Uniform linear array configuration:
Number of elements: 8
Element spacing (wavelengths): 0.25
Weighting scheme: hamming
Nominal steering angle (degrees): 30
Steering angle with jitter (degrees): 30.324
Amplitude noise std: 0.05
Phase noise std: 0.05

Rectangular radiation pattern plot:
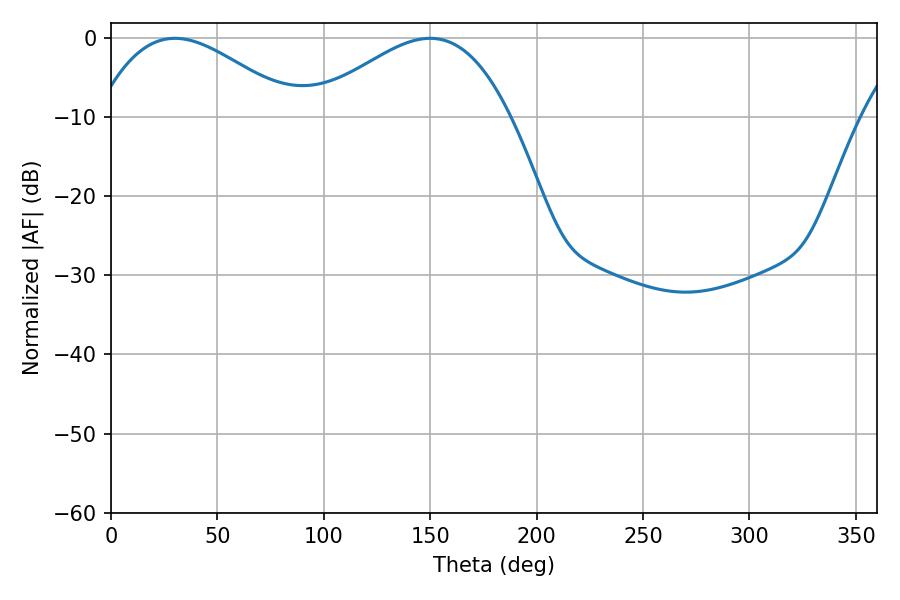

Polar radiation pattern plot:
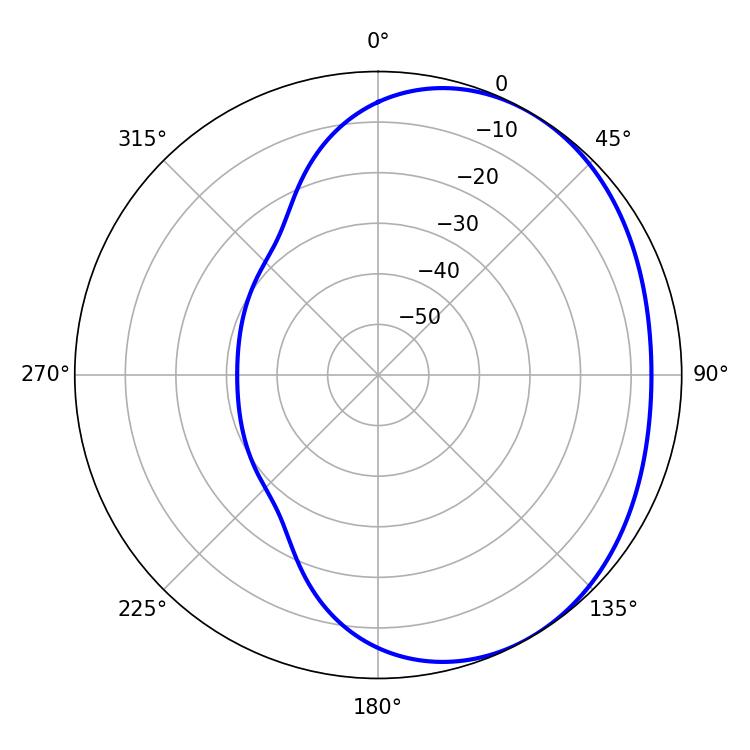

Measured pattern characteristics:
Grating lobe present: FALSE
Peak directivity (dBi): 2.654
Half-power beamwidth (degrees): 50.4
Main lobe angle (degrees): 30.06